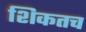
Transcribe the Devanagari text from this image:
शिकतच